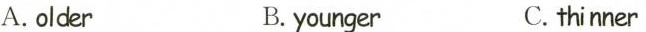
A.older B.younger C.thinner